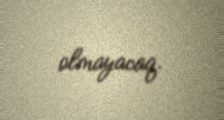
olmayacaq.